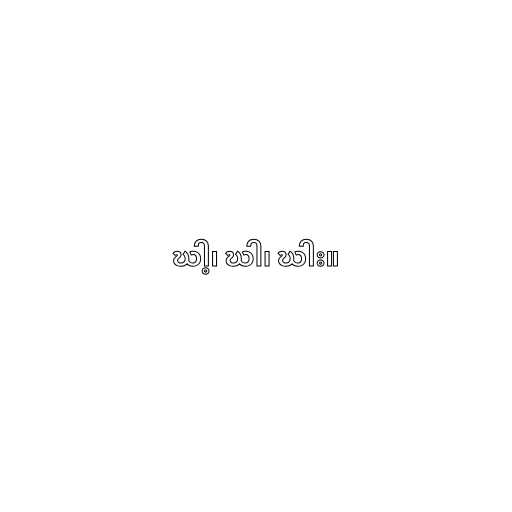
ဃါ့၊ ဃါ၊ ဃါး။